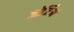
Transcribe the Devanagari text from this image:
जोर्जिओ